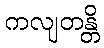
ကလျတန္တိ